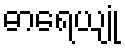
ဓာရေယျုံ